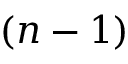
( n - 1 )